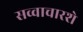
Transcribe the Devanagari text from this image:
सव्वाचारशे